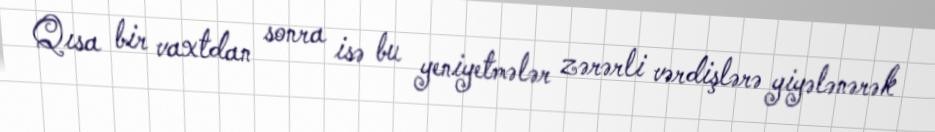
Qısa bir vaxtdan sonra isə bu yeniyetmələr zərərli vərdişlərə yiyələnərək